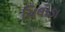
ચિલોડા